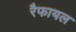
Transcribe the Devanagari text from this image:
रैफायल